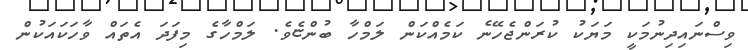
ވިސްނައިދިނުމަކީ މަޔަކު ކުރަންޖެހޭނެ ކަމެއްކަން ލަމްހާ ބުންޏެވެ. ލަމްހާގެ މިފަދަ އެތައް ވާހަކައަކުން